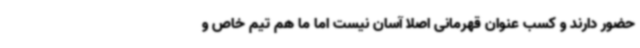
حضور دارند و کسب عنوان قهرمانی اصلا آسان نیست اما ما هم تیم خاص و